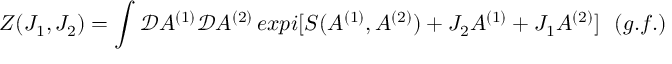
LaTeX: Z ( J _ { 1 } , J _ { 2 } ) = \int { \mathcal D } A ^ { ( 1 ) } { \mathcal D } A ^ { ( 2 ) } \, e x p i [ S ( A ^ { ( 1 ) } , A ^ { ( 2 ) } ) + J _ { 2 } A ^ { ( 1 ) } + J _ { 1 } A ^ { ( 2 ) } ] \ \ ( g . f . )